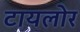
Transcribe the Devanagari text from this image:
टायलोर